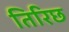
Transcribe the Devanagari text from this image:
तिरिछ